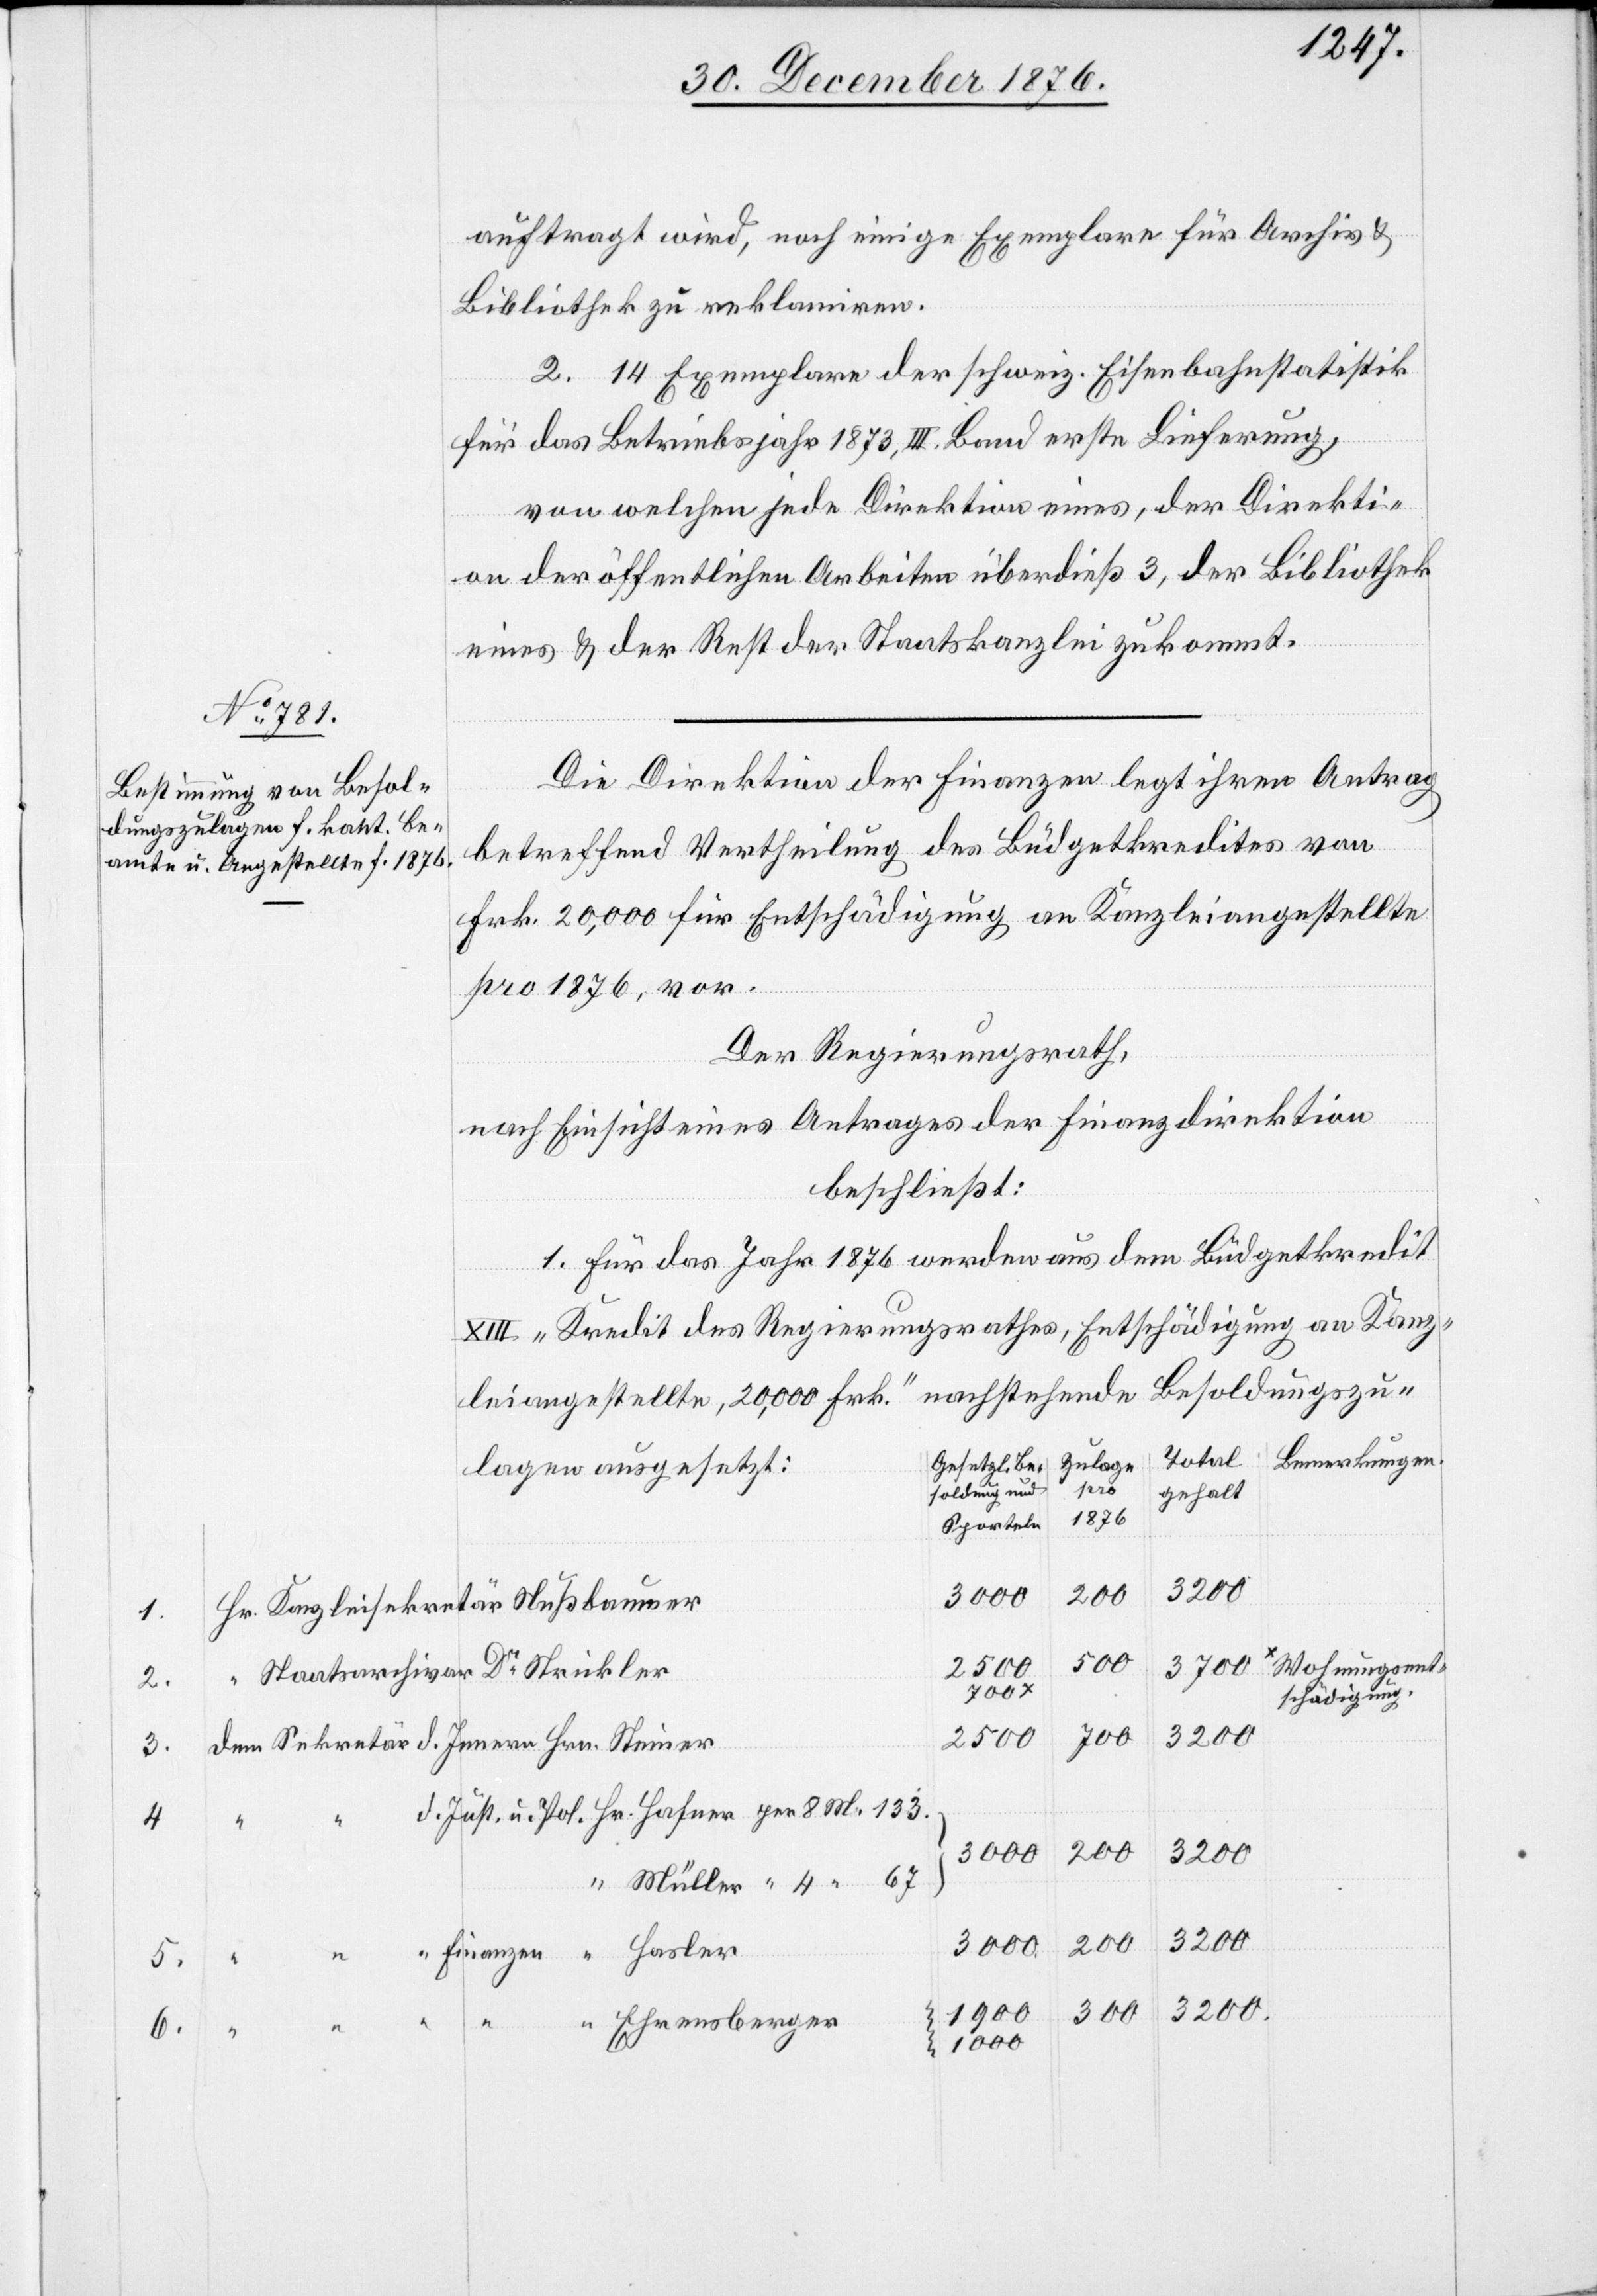
1.
2.
3.
4.
6.

auftragt wird, noch einige Exemplare für Archiv &
Bibliothek zu reklamiren.
2. 14 Exemplare der schweiz. Eisenbahnstatistik
für das Betriebsjahr 1873, III. Band erste Lieferung,
von welchen jede Direktion eines, der Direkti¬
on der öffentlichen Arbeiten überdieß 3, der Bibliothek
eines & der Rest der Staatskanzlei zukommt.
Die Direktion der Finanzen legt ihren Antrag
betreffen Vertheilung des Büdgetkredites von
Frk. 20,000 für Entschädigung an Kanzleiangestellte
und
pro 1876, vor.
Der Regierungsrath,
nach Einsicht eines Antrages der Finanzdirektion,
beschließt:
1. Für das Jahr 1876 werden aus dem Büdgetkredit
pro
XIII „Kredit des Regierungsrathes, Entschädigung an Kanz¬
Besoldungszu¬
leiangestellte, 20,000 Frk.“ nachstehende
Total
Bemerkungen
Zulage
Gesetzl.
lagen ausgesetzt:
Gehalt
1876
Sporteln
3200
3000.
Hr. Kanzleisekretär Nußbaumer
500
Wohnungsent¬
2500
Staatsarchivar Dr Strickler
schädigung.
300
3200.
dem Sekretär d. Innern Hrn. Steiner
d. Just. u. Pol. Hr. Hafner per 8. M. 133.
*
200
“ Müller “ 4 “ 67
“ Finanzen “ Hasler
5.
1900
“ “ “ Ehrensberger